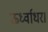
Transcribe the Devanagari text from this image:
ऊर्ध्वाधर।